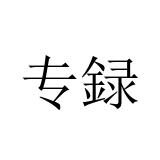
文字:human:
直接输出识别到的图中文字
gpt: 专録